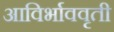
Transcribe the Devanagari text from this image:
आविर्भाववृती